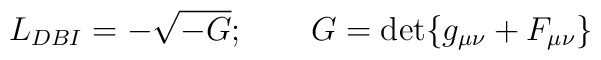
L_{DBI}=-\sqrt{-G};\qquad G=\det\{g_{\mu \nu }+F_{\mu \nu }\}